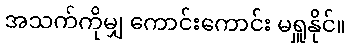
အသက်ကိုမျှ ကောင်းကောင်း မရှူနိုင်။